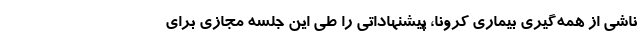
ناشی از همه‌گیری بیماری کرونا، پیشنهاداتی را طی این جلسه مجازی برای